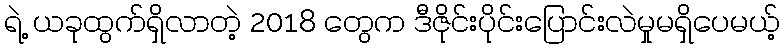
ရဲ့ ယခုထွက်ရှိလာတဲ့ 2018 တွေက ဒီဇိုင်းပိုင်းပြောင်းလဲမှုမရှိပေမယ့်